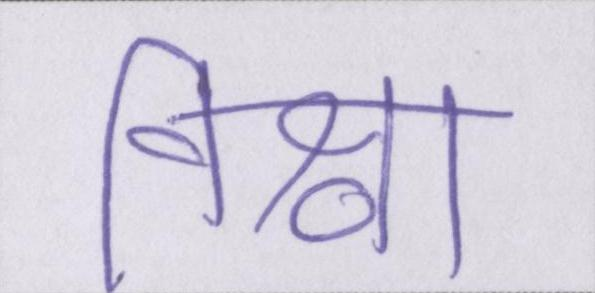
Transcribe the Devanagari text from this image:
विश्वा